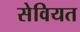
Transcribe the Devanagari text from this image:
सेवियत